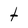
Character: t